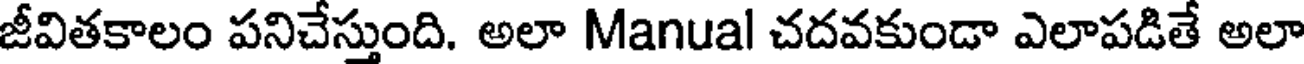
జీవితకాలం పనిచేస్తుంది. అలా Manual చదవకుండా ఎలాపడితే అలా